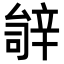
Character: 𬨚